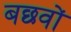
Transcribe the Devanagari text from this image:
बछवों